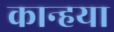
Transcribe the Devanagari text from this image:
कान्हया